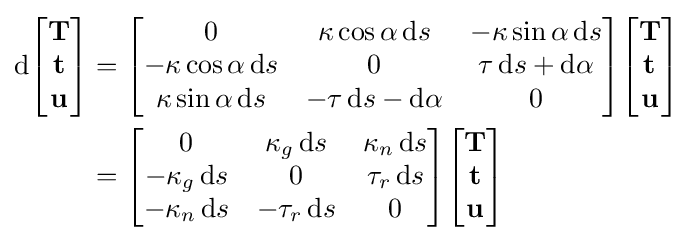
{\begin{aligned}\mathrm {d} {\begin{bmatrix}\mathbf {T} \\\mathbf {t} \\\mathbf {u} \end{bmatrix}}&={\begin{bmatrix}0&\kappa \cos \alpha \,\mathrm {d} s&-\kappa \sin \alpha \,\mathrm {d} s\\-\kappa \cos \alpha \,\mathrm {d} s&0&\tau \,\mathrm {d} s+\mathrm {d} \alpha \\\kappa \sin \alpha \,\mathrm {d} s&-\tau \,\mathrm {d} s-\mathrm {d} \alpha &0\end{bmatrix}}{\begin{bmatrix}\mathbf {T} \\\mathbf {t} \\\mathbf {u} \end{bmatrix}}\\&={\begin{bmatrix}0&\kappa _{g}\,\mathrm {d} s&\kappa _{n}\,\mathrm {d} s\\-\kappa _{g}\,\mathrm {d} s&0&\tau _{r}\,\mathrm {d} s\\-\kappa _{n}\,\mathrm {d} s&-\tau _{r}\,\mathrm {d} s&0\end{bmatrix}}{\begin{bmatrix}\mathbf {T} \\\mathbf {t} \\\mathbf {u} \end{bmatrix}}\end{aligned}}